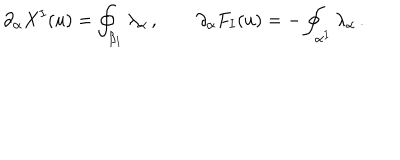
\partial _ { \alpha } X ^ { I } ( u ) = \oint _ { \beta _ { I } } \lambda _ { \alpha } \, , \qquad \partial _ { \alpha } F _ { I } ( u ) = - \oint _ { \alpha ^ { I } } \lambda _ { \alpha } \, .